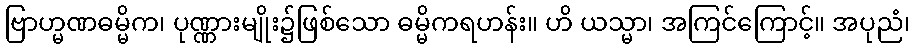
ဗြာဟ္မဏဓမ္မိက၊ ပုဏ္ဏားမျိုး၌ဖြစ်သော ဓမ္မိကရဟန်း။ ဟိ ယသ္မာ၊ အကြင်ကြောင့်။ အပုညံ၊